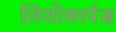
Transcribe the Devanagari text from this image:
लिथोकार्पस